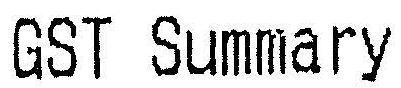
GST SUMMARY